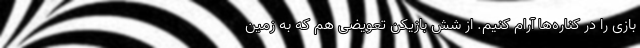
بازی را در کناره‌ها آرام کنیم. از شش بازیکن تعویضی هم که به زمین